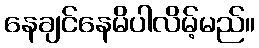
နေချင်နေမိပါလိမ့်မည်။